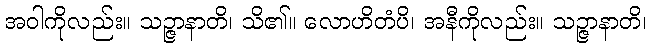
အဝါကိုလည်း။ သဉ္ဇာနာတိ၊ သိ၏။ လောဟိတံပိ၊ အနီကိုလည်း။ သဉ္ဇာနာတိ၊